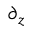
\partial _ { z }